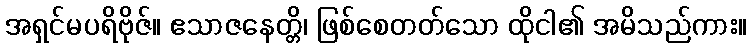
အရှင်မပရိဗိုဇ်။ ဧသာဇနေတ္တိ၊ ဖြစ်စေတတ်သော ထိုငါ၏ အမိသည်ကား။